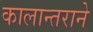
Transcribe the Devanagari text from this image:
कालान्तराने